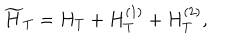
LaTeX: \widetilde H _ { T } = H _ { T } + H _ { T } ^ { ( 1 ) } + H _ { T } ^ { ( 2 ) } ,